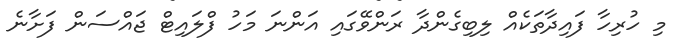
މި ހުރިހާ ފައިދާތަކެއް ލިބިގެންދާ ރަންވޭގައި އަންނަ މަހު ފްލައިޓް ޖައްސަން ފަށާނެ